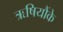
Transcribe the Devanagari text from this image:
ऋषियौंके